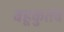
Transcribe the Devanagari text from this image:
बहूकुतंब